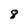
Character: 8